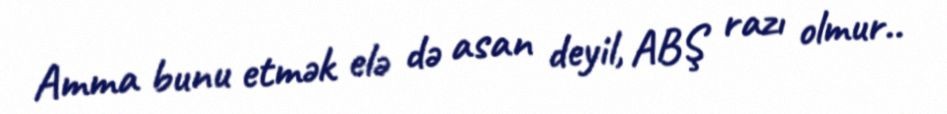
Amma bunu etmək elə də asan deyil, ABŞ razı olmur..